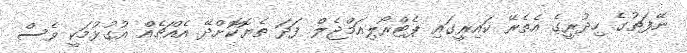
ނޭފަތުގެ ހިދުރީގެ އެތެރޭ ކައިރީގައި ޕެޓްރޯލިއަމްޖެލް ފަދަ ތެޔޮކޮށްދޭ އެއްޗެއް އުގުޅުމަކީ ވެސް